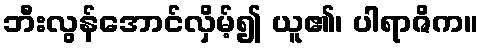
ဘီးလွန်အောင်လှိမ့်၍ ယူ၏၊ ပါရာဇိက။